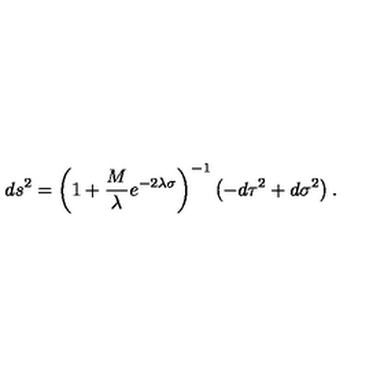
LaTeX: d s ^ { 2 } = { \left( 1 + { \frac { M } { \lambda } } e ^ { - 2 \lambda \sigma } \right) } ^ { - 1 } \left( - d \tau ^ { 2 } + d \sigma ^ { 2 } \right) .